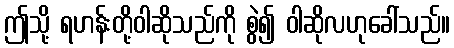
ဤသို့ ရဟန်းတို့ဝါဆိုသည်ကို စွဲ၍ ဝါဆိုလဟုခေါ်သည်။